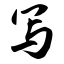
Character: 写